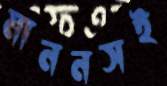
মাননসই